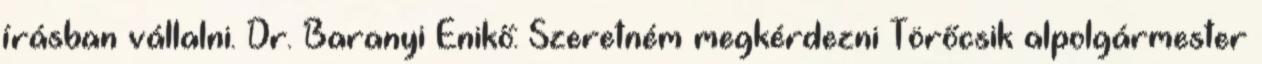
írásban vállalni. Dr. Baranyi Enikő: Szeretném megkérdezni Törőcsik alpolgármester